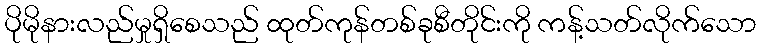
ပိုမိုနားလည်မှုရှိစေသည် ထုတ်ကုန်တစ်ခုစီတိုင်းကို ကန့်သတ်လိုက်သော